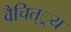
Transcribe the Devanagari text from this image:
वैचित््रय